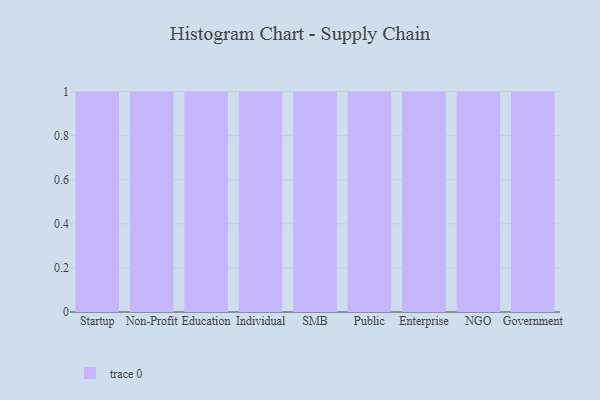
{"axis": {"x": "Segment", "y": "Churn Rate (%)"}, "legend": [""], "data": [{"x": "Startup", "y": 29, "type": ""}, {"x": "Non-Profit", "y": 97, "type": ""}, {"x": "Education", "y": 43, "type": ""}, {"x": "Individual", "y": 80, "type": ""}, {"x": "SMB", "y": 66, "type": ""}, {"x": "Public", "y": 89, "type": ""}, {"x": "Enterprise", "y": 23, "type": ""}, {"x": "NGO", "y": 65, "type": ""}, {"x": "Government", "y": 32, "type": ""}]}